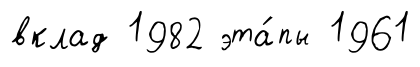
вклад 1982 эта́пы 1961